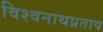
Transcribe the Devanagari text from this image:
विश्वनाथप्रताप